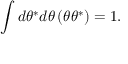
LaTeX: \int d \theta ^ { * } d \theta \, ( \theta \theta ^ { * } ) = 1 .